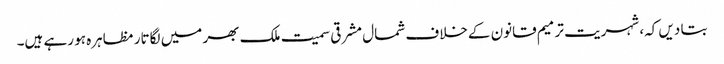
بتا دیں کہ، شہریت ترمیم قانون کےخلاف شمال مشرقی سمیت ملک بھر میں لگاتار مظاہرہ ہو رہے ہیں۔